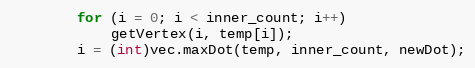
Language: C++
		for (i = 0; i < inner_count; i++)
			getVertex(i, temp[i]);
		i = (int)vec.maxDot(temp, inner_count, newDot);